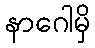
နာဂေါမှိ